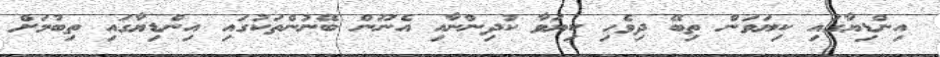
އިންޑިޔާގައި ކިޔަވަން ތިބޭ ދިވެހި ކިޔަވާ ކުދިންނާއި އެނޫން ބޭނުންތަކުގައި އިންޑިޔާގައި ތިބުމަށް